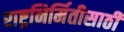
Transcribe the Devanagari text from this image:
राष्ट्रनिर्मितीसाठी